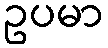
ဥပမာ